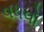
વધવો